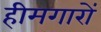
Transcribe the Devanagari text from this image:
हीमगारों